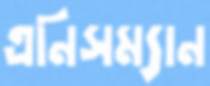
এনিসম্যান